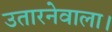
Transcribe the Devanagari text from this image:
उतारनेवाला।